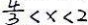
\frac { 4 } { 3 } < x < 2